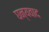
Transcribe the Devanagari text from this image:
घन्यवाद